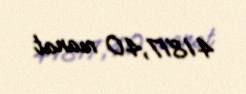
41817,40 manat